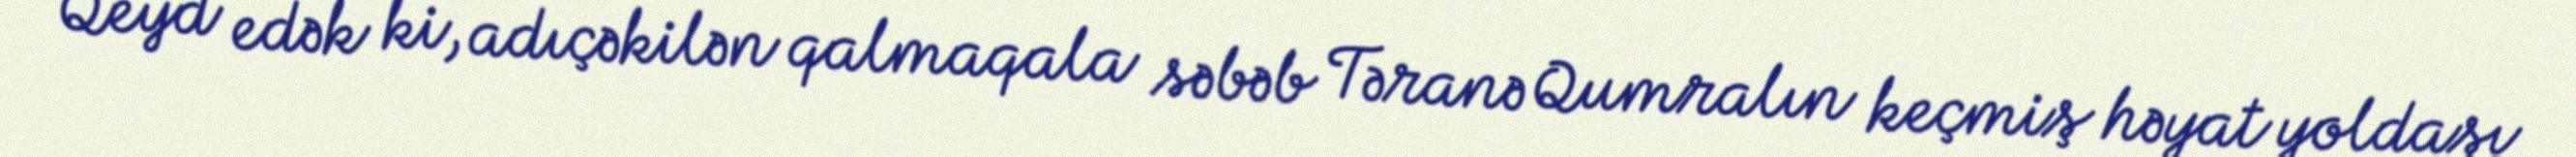
Qeyd edək ki, adıçəkilən qalmaqala səbəb Təranə Qumralın keçmiş həyat yoldaşı